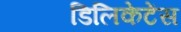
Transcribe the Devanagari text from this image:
डिलिकेटेंस